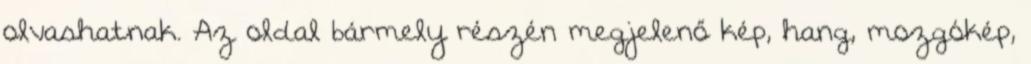
olvashatnak. Az oldal bármely részén megjelenő kép, hang, mozgókép,